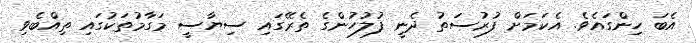
އެބަ ހިންގައެވެ. އެކަމަށް ފުރުސަތު ދެނީ ފުލުހުންގެ ތެރޭގައި ސިޔާސީ މަގާމުތަކުގައި ތިއްބެވި